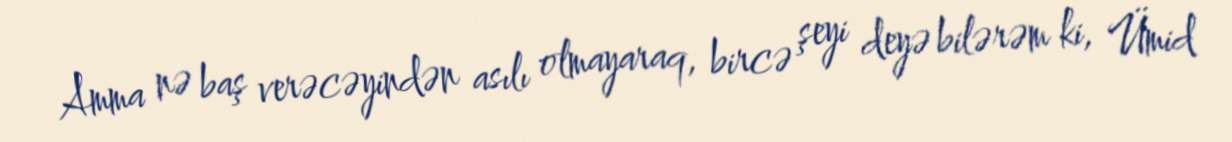
Amma nə baş verəcəyindən asılı olmayaraq, bircə şeyi deyə bilərəm ki, Ümid